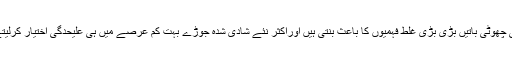
چھوٹی چھوٹی باتیں بڑی بڑی غلط فہمیوں کا باعث بنتی ہیں اوراکثر نئے شادی شدہ جوڑے بہت کم عرصے میں ہی علیحدگی اختیار کرلیتے ہیں۔